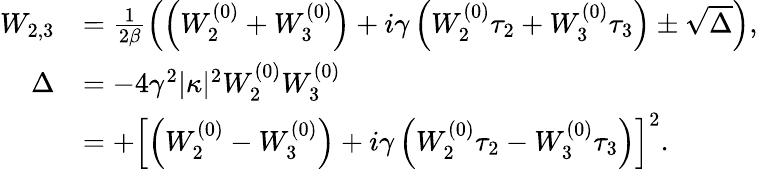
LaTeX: \begin{array}{rl}{W_{2,3}}&{=\frac{1}{2\beta}\left(\left(W_{2}^{(0)}+W_{3}^{(0)}\right)+i\gamma\left(W_{2}^{(0)}\tau_{2}+W_{3}^{(0)}\tau_{3}\right)\pm\sqrt{\Delta}\right),}\\ {\Delta}&{=-4\gamma^{2}|\kappa|^{2}W_{2}^{(0)}W_{3}^{(0)}}\\ &{=+\left[\left(W_{2}^{(0)}-W_{3}^{(0)}\right)+i\gamma\left(W_{2}^{(0)}\tau_{2}-W_{3}^{(0)}\tau_{3}\right)\right]^{2}.}\end{array}